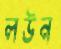
লউন